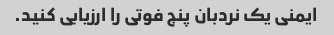
ایمنی یک نردبان پنج فوتی را ارزیابی کنید.